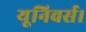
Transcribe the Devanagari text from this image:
यूनिवर्स।